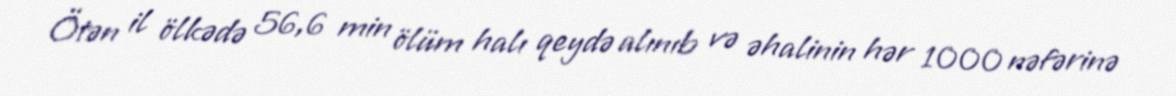
Ötən il ölkədə 56,6 min ölüm halı qeydə alınıb və əhalinin hər 1000 nəfərinə